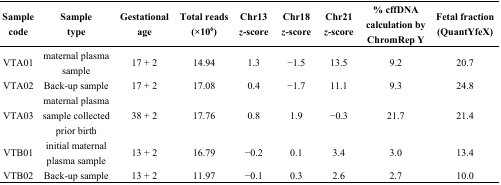
<table><thead><tr><td><b>Sample code</b></td><td><b>Sample type</b></td><td><b>Gestational age</b></td><td><b>Total reads (×10<sup>6</sup>)</b></td><td><b>Chr13 <i>z</i>-score</b></td><td><b>Chr18 <i>z</i>-score</b></td><td><b>Chr21 <i>z</i>-score</b></td><td><b>% cffDNA calculation by ChromRep Y</b></td><td><b>Fetal fraction (QuantYfeX)</b></td></tr></thead><tbody><tr><td>VTA01</td><td>maternal plasma sample</td><td>17 + 2</td><td>14.94</td><td>1.3</td><td>−1.5</td><td>13.5</td><td>9.2</td><td>20.7</td></tr><tr><td>VTA02</td><td>Back-up sample</td><td>17 + 2</td><td>17.08</td><td>0.4</td><td>−1.7</td><td>11.1</td><td>9.3</td><td>24.8</td></tr><tr><td>VTA03</td><td>maternal plasma sample collected prior birth</td><td>38 + 2</td><td>17.76</td><td>0.8</td><td>1.9</td><td>−0.3</td><td>21.7</td><td>21.4</td></tr><tr><td>VTB01</td><td>initial maternal plasma sample</td><td>13 + 2</td><td>16.79</td><td>−0.2</td><td>0.1</td><td>3.4</td><td>3.0</td><td>13.4</td></tr><tr><td>VTB02</td><td>Back-up sample</td><td>13 + 2</td><td>11.97</td><td>−0.1</td><td>0.3</td><td>2.6</td><td>2.7</td><td>10.0</td></tr></tbody></table>